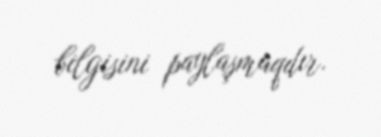
bilgisini paylaşmaqdır.